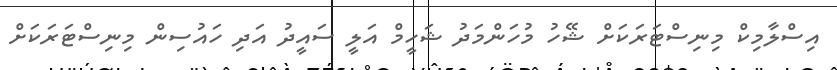
އިސްލާމިކް މިނިސްޓަރަކަށް ޝޭހު މުހަންމަދު ޝަހީމް އަލީ ސައީދު އަދި ހައުސިން މިނިސްޓަރަކަށް